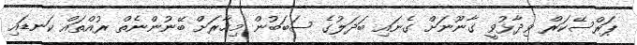
ޕަރްސޭކަރް ވިދާޅުވީ ގާނޫނަށް ގެނައި ބަދަލުގެ ސަބަބުން މިހާރަށް ބޭނުންނެތް ރުއްތައް ކަނޑައި